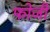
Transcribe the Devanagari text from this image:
फोजी